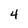
Character: 4